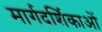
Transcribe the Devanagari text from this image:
मार्गदर्शिकाओं